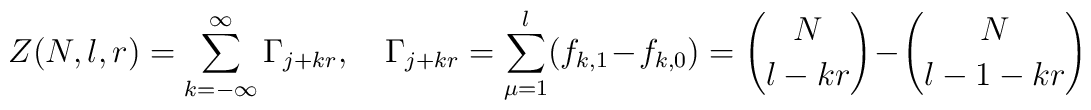
Z(N,l,r)=\sum_{k=-\infty}^\infty\Gamma_{j+kr},\quad\Gamma_{j+kr}=\sum_{\mu=1}^l(f_{k,1}-f_{k,0})={N\choose l-kr}-{N\choose l-1-kr}